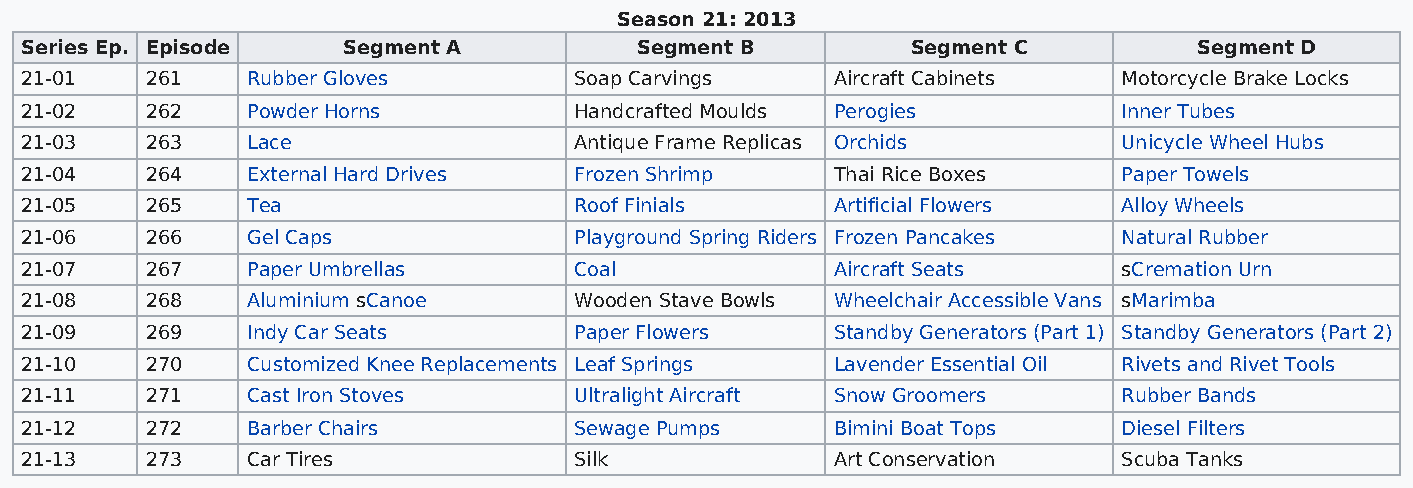
Season 21: 2013
 Series Ep. Episode    Segment A          Segment B         Segment C          Segment D
 21-01    261   Rubber Gloves         Soap Carvings    Aircraft Cabinets  Motorcycle Brake Locks
 21-02    262   Powder Horns          Handcrafted Moulds Perogies         Inner Tubes
 21-03    263   Lace                  Antique Frame Replicas Orchids      Unicycle Wheel Hubs
 21-04    264   External Hard Drives  Frozen Shrimp    Thai Rice Boxes    Paper Towels
 21-05    265   Tea                   Roof Finials     Artificial Flowers Alloy Wheels
 21-06    266   Gel Caps              Playground Spring Riders Frozen Pancakes Natural Rubber
 21-07    267   Paper Umbrellas       Coal             Aircraft Seats     sCremation Urn
 21-08    268   Aluminium sCanoe      Wooden Stave Bowls Wheelchair Accessible Vans sMarimba
 21-09    269   Indy Car Seats        Paper Flowers    Standby Generators (Part 1) Standby Generators (Part 2)
 21-10    270   Customized Knee Replacements Leaf Springs Lavender Essential Oil Rivets and Rivet Tools
 21-11    271   Cast Iron Stoves      Ultralight Aircraft Snow Groomers   Rubber Bands
 21-12    272   Barber Chairs         Sewage Pumps     Bimini Boat Tops   Diesel Filters
 21-13    273   Car Tires             Silk             Art Conservation   Scuba Tanks